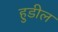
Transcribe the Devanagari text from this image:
हुडील